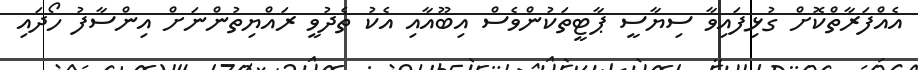
އެއްފަރާތްކޮށް ގުޅިފައިވާ ސިޔާސީ ޕާޓީތަކުންވެސް އިބޫއާއި އެކު ތެދުވީ ރައްޔިތުންނަށް އިންސާފު ހޯދައި